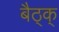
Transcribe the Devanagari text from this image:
बैठ्क्